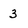
Character: 3